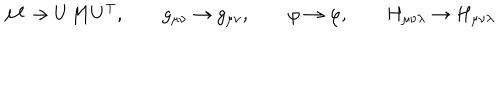
LaTeX: { \cal { M } } \rightarrow U { \cal { M } } U ^ { \mathrm { T } } , \qquad g _ { \mu \nu } \rightarrow g _ { \mu \nu } , \qquad \varphi \rightarrow \varphi , \qquad H _ { \mu \nu \lambda } \rightarrow H _ { \mu \nu \lambda }